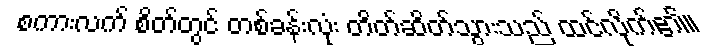
စကားလက် စိတ်တွင် တစ်ခန်းလုံး တိတ်ဆိတ်သွားသည် ထင်လိုက်၏။